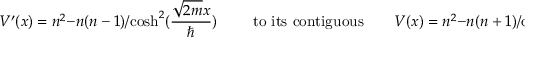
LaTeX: V ^ { \prime } ( x ) = n ^ { 2 } - { n ( n - 1 ) } / { \cosh ^ { 2 } ( { \frac { \sqrt { 2 m } x } { \hbar } } ) } \qquad \mathrm { ~ t o ~ i t s ~ c o n t i g u o u s } \qquad V ( x ) = n ^ { 2 } - { n ( n + 1 ) } / { \cosh ^ { 2 } ( { \frac { \sqrt { 2 m } x } { \hbar } } ) } ,